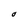
Character: O